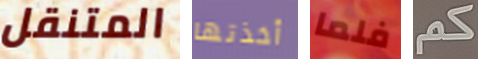
المتنقل أخذتها فلما كم